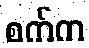
စက်က